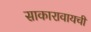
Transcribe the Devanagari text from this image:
साकारावायची